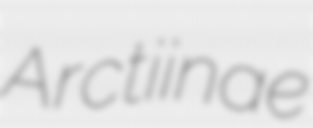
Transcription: Arctiinae